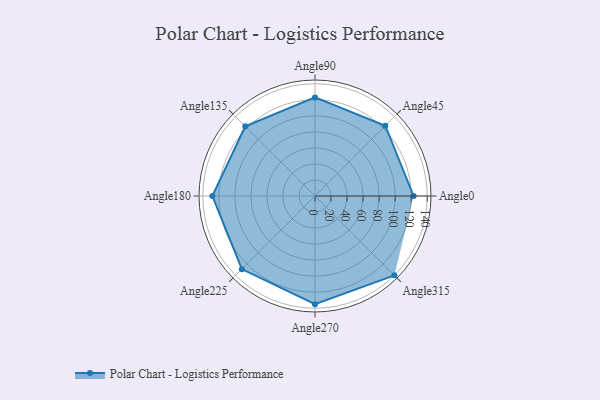
{"axis": {"x": "Angle", "y": "Radius"}, "legend": [""], "data": [{"x": "Angle0", "y": 123.0, "type": ""}, {"x": "Angle45", "y": 124.0, "type": ""}, {"x": "Angle90", "y": 123.0, "type": ""}, {"x": "Angle135", "y": 123.0, "type": ""}, {"x": "Angle180", "y": 128.0, "type": ""}, {"x": "Angle225", "y": 129.0, "type": ""}, {"x": "Angle270", "y": 135.0, "type": ""}, {"x": "Angle315", "y": 140.0, "type": ""}]}